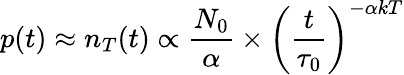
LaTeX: p(t)\approx n_{T}(t)\propto\frac{N_{0}}{\alpha}\times{\left(\frac{t}{\tau_{0}}\right)}^{-\alpha kT}